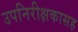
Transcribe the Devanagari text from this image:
उपनिरीक्षकासह